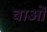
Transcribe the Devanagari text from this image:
वाओं